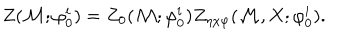
Z ( { \cal M } ; { \varphi } _ { 0 } ^ { i } ) = Z _ { 0 } ( { \cal M } ; { \varphi } _ { 0 } ^ { i } ) Z _ { \eta \chi \varphi } ( { \cal M } , X ; { \varphi } _ { 0 } ^ { i } ) .